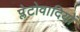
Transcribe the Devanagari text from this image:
प्लेटोवादियों